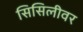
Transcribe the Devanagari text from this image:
सिसिलीवर